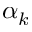
\alpha _ { k }